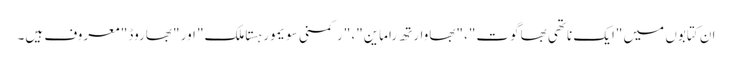
ان کتابوں میں "ایک ناتھی بھاگوت"، "بھاوارتھ راماین"، "رکمنی سویمور ہستاملک" اور "بھاروڈ" معروف ہیں۔